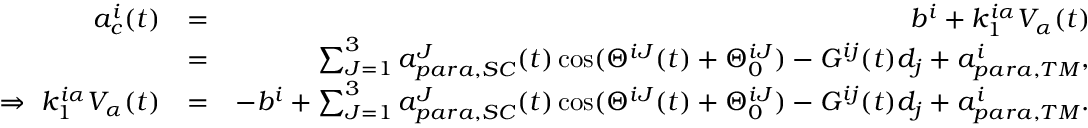
\begin{array} { r l r } { a _ { c } ^ { i } ( t ) } & { = } & { b ^ { i } + k _ { 1 } ^ { i \alpha } V _ { \alpha } ( t ) } \\ & { = } & { \sum _ { J = 1 } ^ { 3 } a _ { p a r a , S C } ^ { J } ( t ) \cos ( \Theta ^ { i J } ( t ) + \Theta _ { 0 } ^ { i J } ) - G ^ { i j } ( t ) d _ { j } + a _ { p a r a , T M } ^ { i } , } \\ { \Rightarrow \ k _ { 1 } ^ { i \alpha } V _ { \alpha } ( t ) } & { = } & { - b ^ { i } + \sum _ { J = 1 } ^ { 3 } a _ { p a r a , S C } ^ { J } ( t ) \cos ( \Theta ^ { i J } ( t ) + \Theta _ { 0 } ^ { i J } ) - G ^ { i j } ( t ) d _ { j } + a _ { p a r a , T M } ^ { i } . } \end{array}